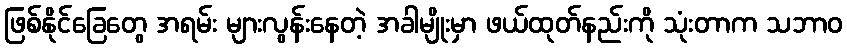
ဖြစ်နိုင်ခြေတွေ အရမ်း များလွန်းနေတဲ့ အခါမျိုးမှာ ဖယ်ထုတ်နည်းကို သုံးတာက သဘာဝ